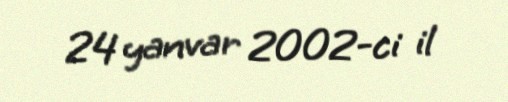
24 yanvar 2002-ci il